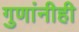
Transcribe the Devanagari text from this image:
गुणांनीही